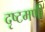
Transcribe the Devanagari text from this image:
दृष्टमणी